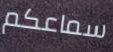
سماعكم